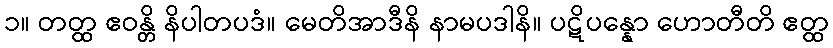
၁။ တတ္ထ ဧဝန္တိ နိပါတပဒံ။ မေတိအာဒီနိ နာမပဒါနိ။ ပဋိပန္နော ဟောတီတိ ဧတ္ထ